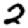
Digit: 2